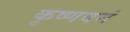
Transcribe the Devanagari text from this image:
कृष्णवनं